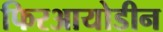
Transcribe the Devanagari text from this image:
फिरआयोडीन